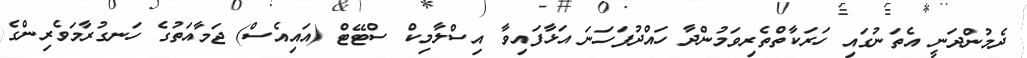
ދެމުންދަނީ އެތަނުގައި ހަރަކާތްތެރިވަމުންދާ ހައްދުފަހަނަ އަޅާފައިވާ އިސްލާމިކް ސްޓޭޓް (އައިއެސް) ޖަމާއަތުގެ ހަނގުރާމަވެރިންގެ